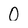
Character: 0